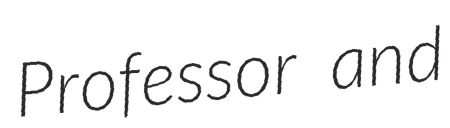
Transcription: Professor and